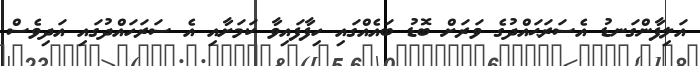
އަލިފާންގަނޑު އެސަރަޙައްދުގެ ވަރަށް ބޮޑު ބައެއްގައި ހިފާފައިވާ ކަމަށާއި އެ ސަރަހައްދުގައި އަދިވެސް